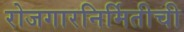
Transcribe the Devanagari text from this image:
रोजगारनिर्मितीची